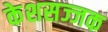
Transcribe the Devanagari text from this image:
केशसज्जक